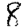
Digit: 8